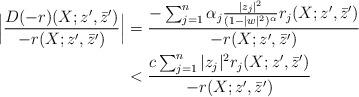
LaTeX: \begin{align*}\Big|\frac{D(-r)(X;z^{\prime},\bar{z}^{\prime})}{-r(X;z^{\prime},\bar{z}^{\prime})}\Big|&=\frac{-\sum_{j=1}^{n}\alpha_j\frac{|z_j|^2}{(1-|w|^2)^{\alpha}}r_j(X;z^{\prime},\bar{z}^{\prime})}{-r(X;z^{\prime},\bar{z}^{\prime})}\\&<\frac{c\sum_{j=1}^{n}|z_j|^{2}r_j(X;z^{\prime},\bar{z}^{\prime})}{-r(X;z^{\prime},\bar{z}^{\prime})}\end{align*}